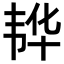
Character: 𮧵